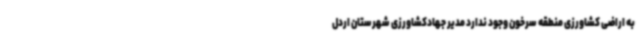
به اراضی کشاورزی منطقه سرخون وجود ندارد مدیر جهادکشاورزی شهرستان اردل